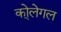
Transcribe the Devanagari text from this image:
को्लेगल